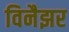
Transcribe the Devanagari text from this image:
विनैझर